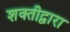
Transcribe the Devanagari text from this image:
शक्तीद्वारा